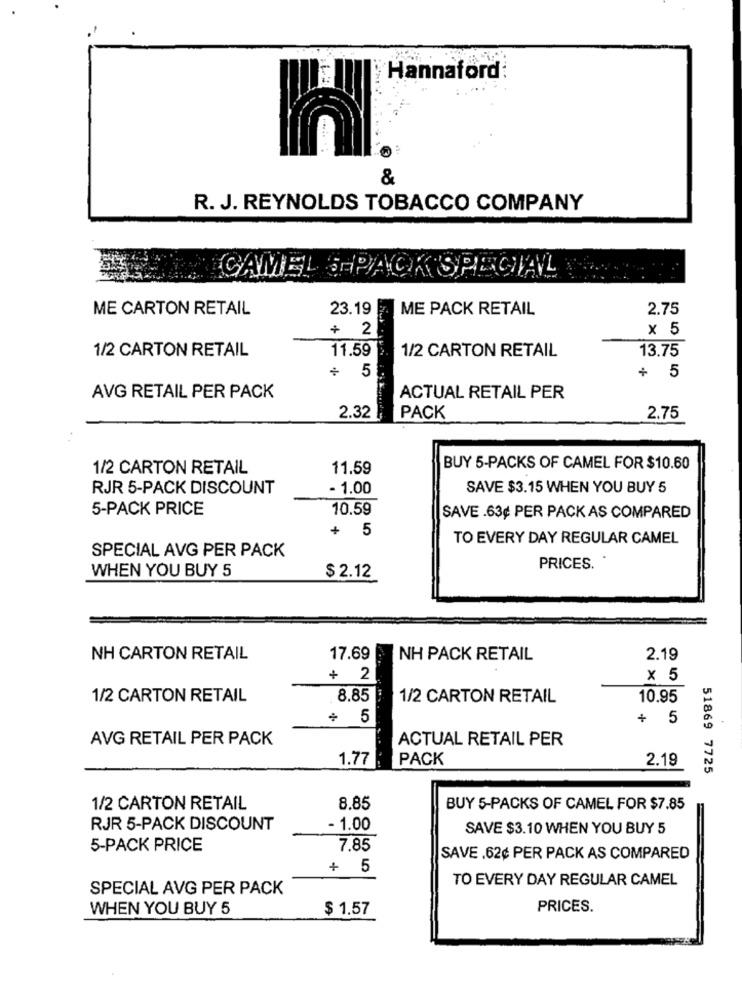
Hannaford:
&
R. J. REYNOLDS TOBACCO COMPANY
CAMEL
SPACK SPECIAL
ME CARTON RETAIL
23.19
ME PACK RETAIL
2.75
+ 2
× 5
1/2 CARTON RETAIL
11.59
1/2 CARTON RETAIL
13.75
+ 5
+ 5
AVG RETAIL PER PACK
ACTUAL RETAIL PER
2.32₣
PACK
2.75
1/2 CARTON RETAIL
11.59
BUY 5-PACKS OF CAMEL FOR $10.60
RJR 5-PACK DISCOUNT
- 1.00
SAVE $3.15 WHEN YOU BUY 5
5-PACK PRICE
10.59
SAVE .63¢ PER PACK AS COMPARED
+ 5
TO EVERY DAY REGULAR CAMEL
SPECIAL AVG PER PACK
WHEN YOU BUY 5
PRICES.
$ 2.12
NH CARTON RETAIL
17.69
NH PACK RETAIL
2.19
+ 2
x 5
1/2 CARTON RETAIL
8.85
1/2 CARTON RETAIL
10.95
+ 5
+ 5
AVG RETAIL PER PACK
ACTUAL RETAIL PER
1.77
PACK
2.19
51869 7725
1/2 CARTON RETAIL
8.85
BUY 5-PACKS OF CAMEL FOR $7.85
RJR 5-PACK DISCOUNT
- 1.00
SAVE $3.10 WHEN YOU BUY 5
5-PACK PRICE
7.85
SAVE .62¢ PER PACK AS COMPARED
+ 5
TO EVERY DAY REGULAR CAMEL
SPECIAL AVG PER PACK
WHEN YOU BUY 5
$ 1.57
PRICES.